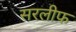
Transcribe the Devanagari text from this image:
सरलीफ